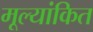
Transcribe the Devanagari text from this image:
मूल्‍यांकित